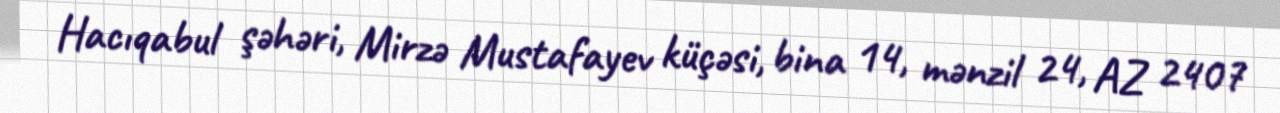
Hacıqabul şəhəri, Mirzə Mustafayev küçəsi, bina 14, mənzil 24, AZ 2407